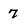
Character: 7